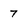
Character: 7